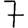
Digit: 7